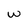
Character: w